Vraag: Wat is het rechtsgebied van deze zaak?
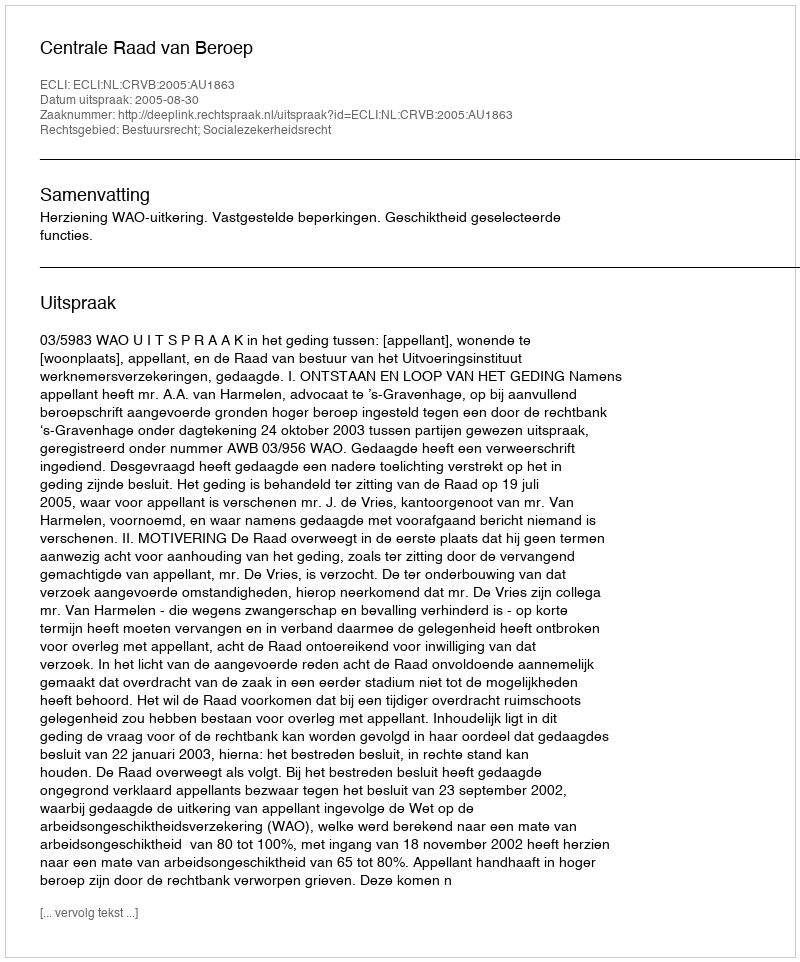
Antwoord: Bestuursrecht; Socialezekerheidsrecht